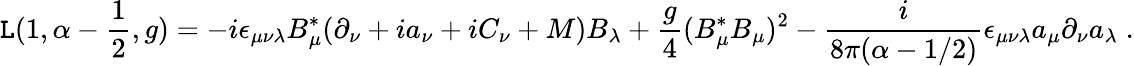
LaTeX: {\cal\mathtt{L}}(1,\alpha-\frac{{1}}{{2}},g)=-i\epsilon_{\mu\nu\lambda}B_{\mu}^{*}(\partial_{\nu}+ia_{\nu}+iC_{\nu}+M)B_{\lambda}+\frac{{g}}{{4}}(B_{\mu}^{*}B_{\mu})^{2}-\frac{{i}}{{8\pi(\alpha-1/2)}}\epsilon_{\mu\nu\lambda}a_{\mu}\partial_{\nu}a_{\lambda}\; .